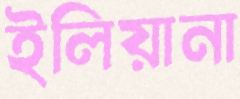
ইলিয়ানা